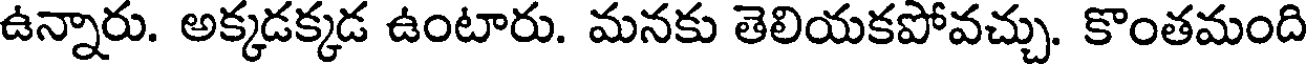
ఉన్నారు. అక్కడక్కడ ఉంటారు. మనకు తెలియకపోవచ్చు. కొంతమంది